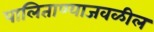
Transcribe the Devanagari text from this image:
पालिताण्याजवळील